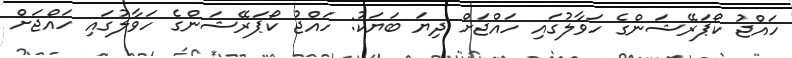
ހައްޖު ކޯޕަރޭޝަންގެ ހަވާލުގައި ހައްޖަށް ދިޔަ ބަޔަކު: ހައްޖު ކޯޕަރޭޝަންގެ ހަވާލުގައި ހައްޖަށް